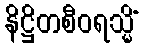
နိဋ္ဌိတစီဝရသ္မိံ